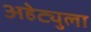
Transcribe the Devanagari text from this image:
अहेट्युला